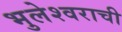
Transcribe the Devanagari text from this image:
भुलेश्वराची